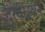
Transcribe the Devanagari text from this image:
दुग्धस्रवन